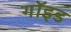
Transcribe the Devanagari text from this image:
गॉइड